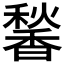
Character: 𬳠